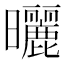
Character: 曬